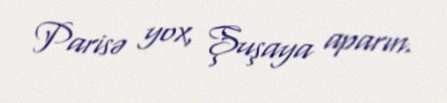
Parisə yox, Şuşaya aparın.